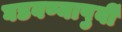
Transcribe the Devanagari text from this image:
घडवण्यापुर्वी